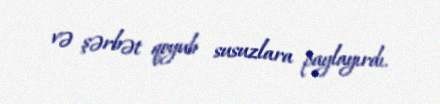
və şərbət qoyub susuzlara paylayırdı.